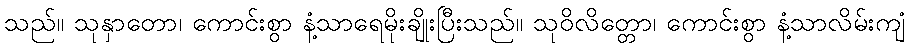
သည်။ သုနှာတော၊ ကောင်းစွာ နံ့သာရေမိုးချိုးပြီးသည်။ သုဝိလိတ္တော၊ ကောင်းစွာ နံ့သာလိမ်းကျံ